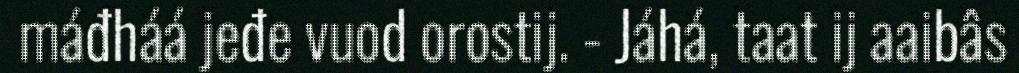
máđháá jeđe vuod orostij. - Jáhá, taat ij aaibâs